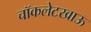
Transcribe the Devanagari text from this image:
चॉकलेटखाऊ